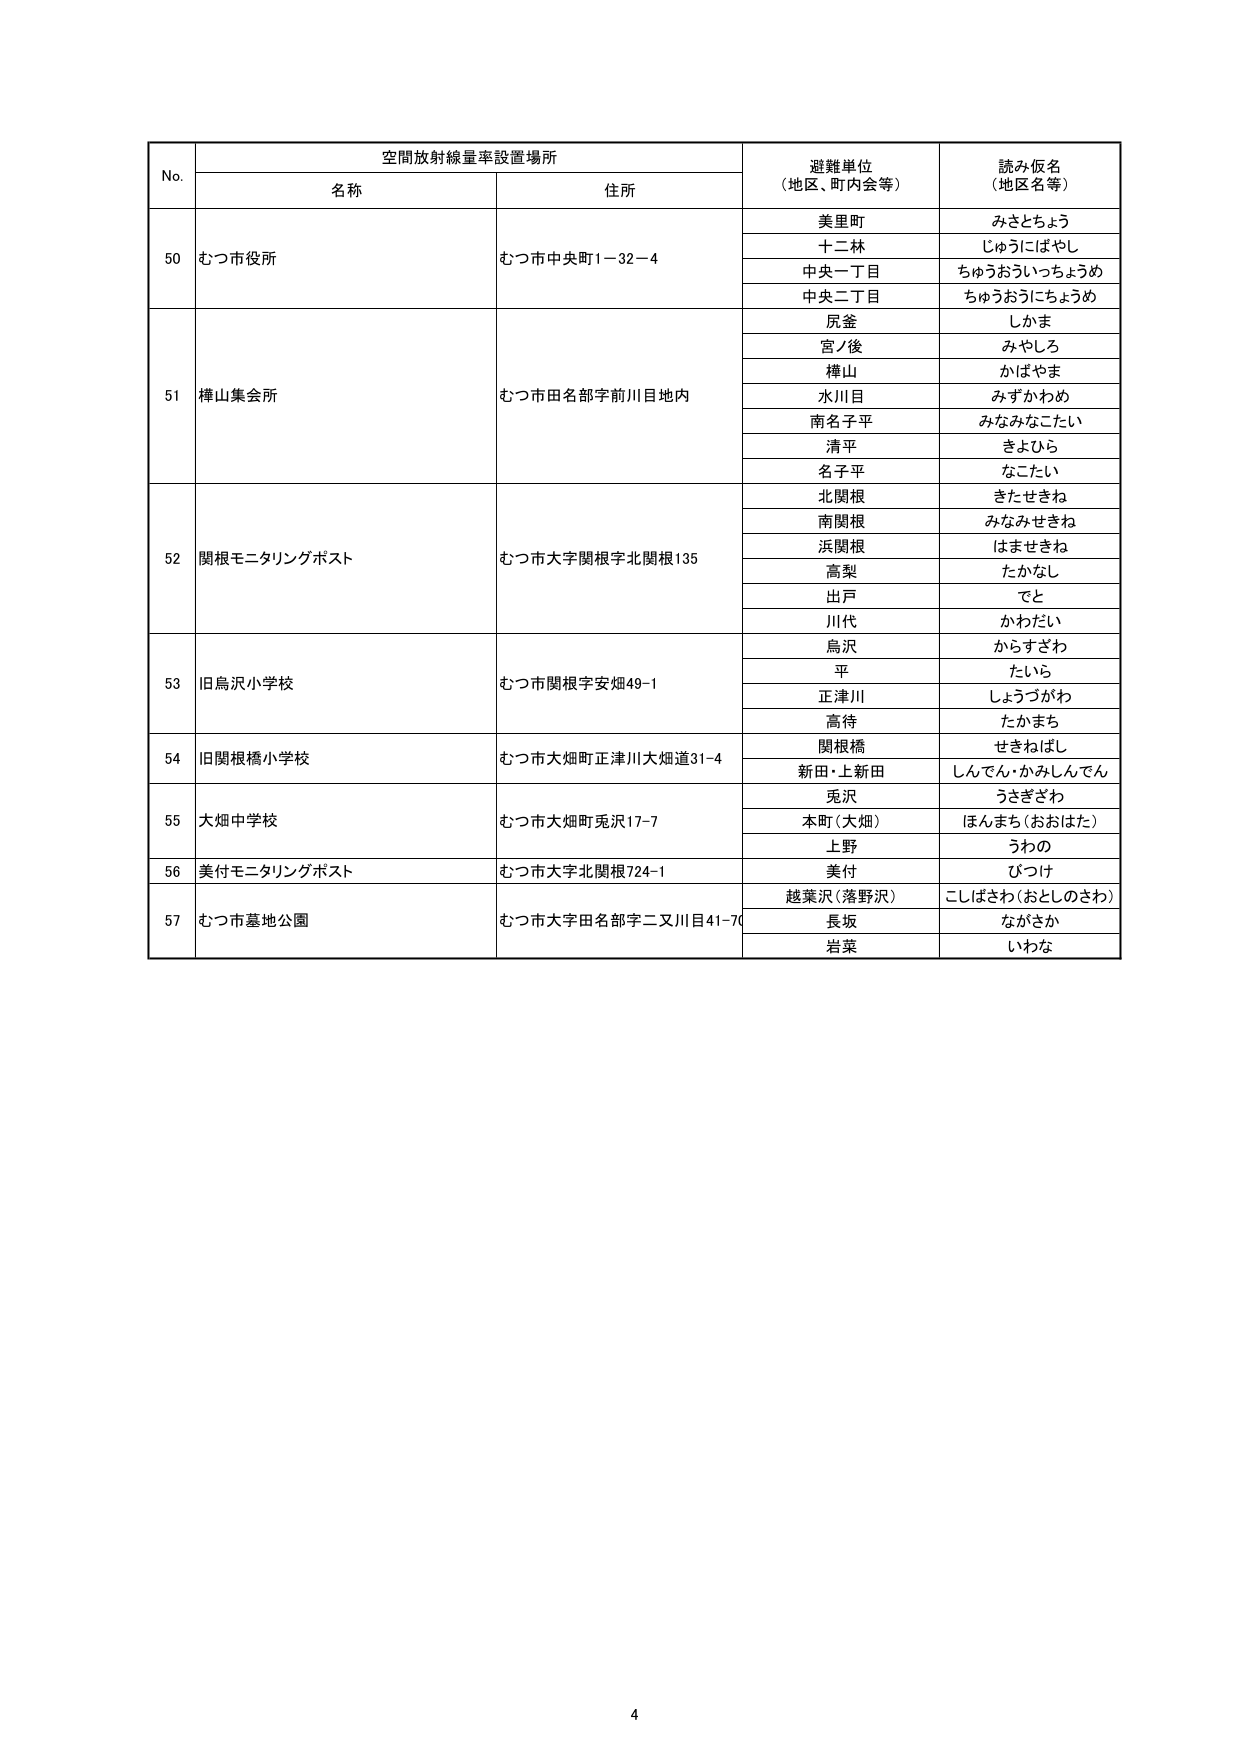
No. 空間放射線量率設置場所 避難単位 （地区、町内会等） 読み仮名 （地区名等） 名称 住所 50 むつ市役所 むつ市中央町1-32-4 美里町 みさとちょう 十二林 じゅうにばやし 中央一丁目 ちゅうおういちちょうめ 中央二丁目 ちゅうおうにちょうめ 51 樺山集会所 むつ市田名部宇前川目地内 房釜 しかま 宮ノ後 みやしろ 樺山 かばやま 水川目 みずかわめ 南名子平 みなみなこたい 清平 きよひら 名子平 なこたい 52 関根モニタリングポスト むつ市大字関根字北関根135 北関根 きたせきね 南関根 みなみせきね 浜関根 はませきね 高梨 たかなし 出戸 でと 川代 かわだい 鳥沢 からすざわ 53 旧鳥沢小学校 むつ市関根字安畑49-1 平 たいら 正津川 しょうづがわ 高待 たかまち 54 旧関根橋小学校 むつ市大畑町正津川大畑道31-4 関根橋 せきねばし 新田・上新田 しんでん・かみしんでん 55 大畑中学校 むつ市大畑町兎沢17-7 兎沢 うさぎざわ 本町（大畑） ほんまち（おおはた） 上野 うわの 56 美付モニタリングポスト むつ市大字北関根724-1 美付 びつけ 57 むつ市墓地公園 むつ市大字田名部字二又川目41-70 越葉沢（落野沢） こしばさわ（おとしのさわ） 長坂 ながさか 岩菜 いわな 4